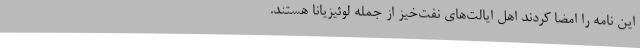
این نامه را امضا کردند اهل ایالت‌های نفت‌خیز از جمله لوئیزیانا هستند.